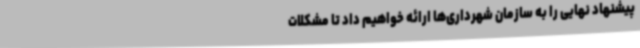
پیشنهاد ‌نهایی را به سازمان شهرداری‌ها ارائه خواهیم داد تا مشکلات